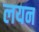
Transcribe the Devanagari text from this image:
लयन